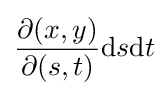
{\frac {\partial (x,y)}{\partial (s,t)}}\mathrm {d} s\mathrm {d} t